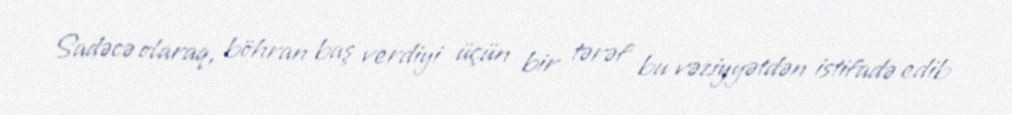
Sadəcə olaraq, böhran baş verdiyi üçün bir tərəf bu vəziyyətdən istifadə edib